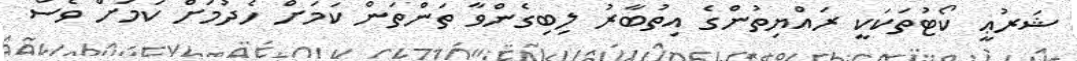
ޝަރުޢީ ކޯޓުތަކަކީ ރައްޔިތުންގެ އިތުބާރު ލިބިގެންވާ ތަންތަން ކަމަށް ހެދުމަށް ކަމަށް ވެސް